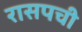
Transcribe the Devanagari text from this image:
रासपची